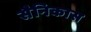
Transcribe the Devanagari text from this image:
सैनिकास